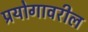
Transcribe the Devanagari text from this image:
प्रयोगावरील